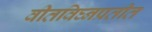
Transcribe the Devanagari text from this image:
वीतविघ्नप्रतीत